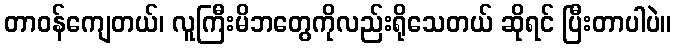
တာဝန်ကျေတယ်၊ လူကြီးမိဘတွေကိုလည်းရိုသေတယ် ဆိုရင် ပြီးတာပါပဲ။